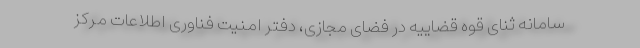
سامانه ثنای قوه قضاییه در فضای مجازی، دفتر امنیت فناوری اطلاعات مرکز